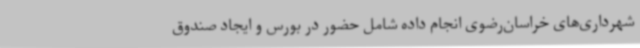
شهرداری‌های خراسان‌رضوی انجام داده شامل حضور در بورس و ایجاد صندوق